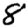
Digit: 8